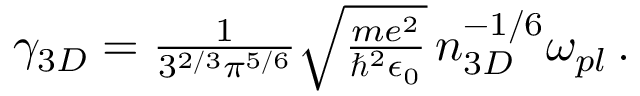
\begin{array} { r } { \gamma _ { 3 D } = \frac { 1 } { 3 ^ { 2 / 3 } \pi ^ { 5 / 6 } } \sqrt { \frac { m e ^ { 2 } } { \hbar ^ { 2 } \epsilon _ { 0 } } } \, n _ { 3 D } ^ { - 1 / 6 } \omega _ { p l } \, . } \end{array}